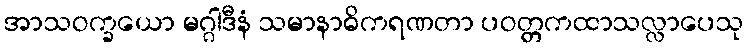
အာသဝက္ခယော မဂ္ဂါဒီနံ သမာနာဓိကရဏတာ ပဝတ္တကထာသလ္လာပေသု